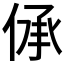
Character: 𠉹